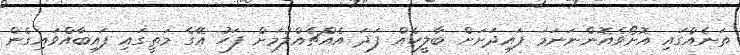
ތަނެއްގައި އޮށޯވެއޮންނަނަމަ ފައިދަށަށް ބާލީހެއް ފަދަ އެއްޗެއްލުމަށް ފަހު އޭގެ މަތީގައި ފައިބާއްވައިގެން